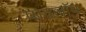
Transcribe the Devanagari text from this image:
पावलॉव